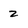
Character: 2